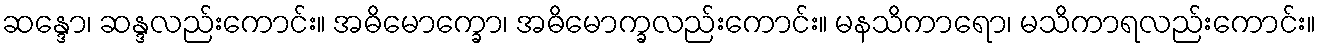
ဆန္ဒော၊ ဆန္ဒလည်းကောင်း။ အဓိမောက္ခော၊ အဓိမောက္ခလည်းကောင်း။ မနသိကာရော၊ မသိကာရလည်းကောင်း။